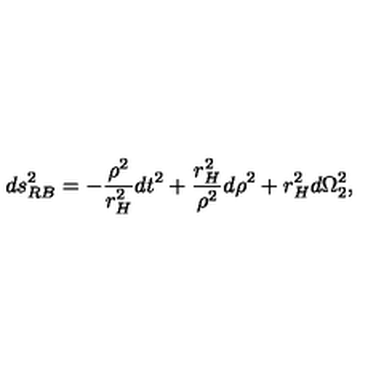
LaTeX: d s _ { R B } ^ { 2 } = - \frac { \rho ^ { 2 } } { r _ { H } ^ { 2 } } d t ^ { 2 } + \frac { r _ { H } ^ { 2 } } { \rho ^ { 2 } } d \rho ^ { 2 } + r _ { H } ^ { 2 } d \Omega _ { 2 } ^ { 2 } ,